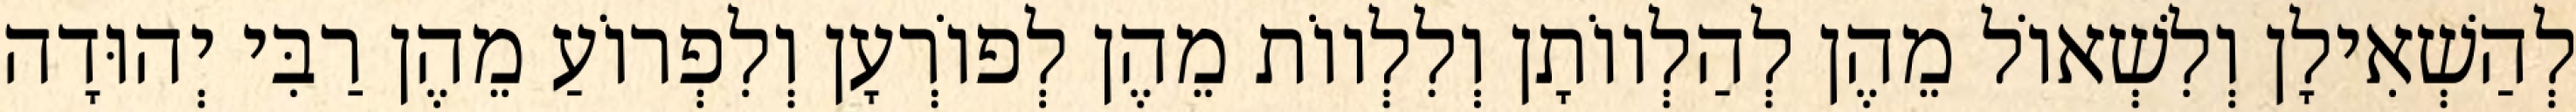
לְהַשְׁאִילָן וְלִשְׁאוֹל מֵהֶן לְהַלְווֹתָן וְלִלְווֹת מֵהֶן לְפוֹרְעָן וְלִפְרוֹעַ מֵהֶן רַבִּי יְהוּדָה